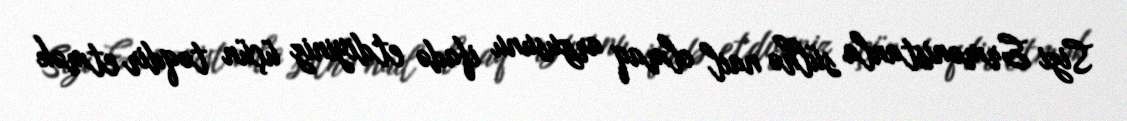
Sizi Ermənistanla sülhə nail olmaq arzusunu ifadə etdiyiniz üçün təqdir etmək